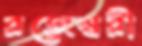
রজেশ্বরী